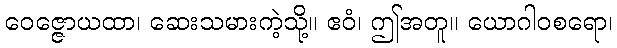
ဝေဇ္ဇောယထာ၊ ဆေးသမားကဲ့သို့။ ဧဝံ၊ ဤအတူ။ ယောဂါဝစရော၊